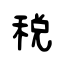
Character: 稅